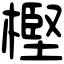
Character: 樫